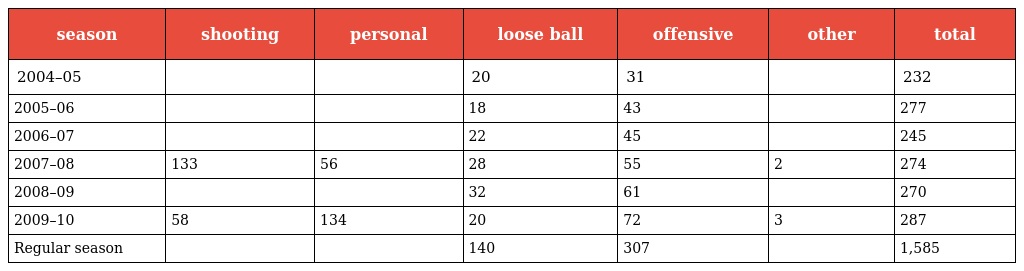
| season | shooting | personal | loose ball | offensive | other | total |
 | --- | --- | --- | --- | --- | --- | --- |
 | 2004–05 |  |  | 20 | 31 |  | 232 |
 | 2005–06 |  |  | 18 | 43 |  | 277 |
 | 2006–07 |  |  | 22 | 45 |  | 245 |
 | 2007–08 | 133 | 56 | 28 | 55 | 2 | 274 |
 | 2008–09 |  |  | 32 | 61 |  | 270 |
 | 2009–10 | 58 | 134 | 20 | 72 | 3 | 287 |
 | Regular season |  |  | 140 | 307 |  | 1,585 |